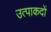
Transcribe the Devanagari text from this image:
उत्पाकदों